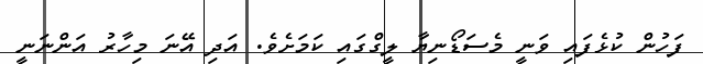
ފަހުން ކުޅެފައި ވަނީ މެސަޑޯނިޔާ ލީގްގައި ކަމަށެވެ. އަދި އޭނަ މިހާރު އަންނަނީ